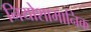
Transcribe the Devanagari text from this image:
नियोशामानिक